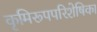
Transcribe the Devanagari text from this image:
कृमिरूपपरिशेषिका